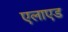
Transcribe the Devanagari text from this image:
एलाएड